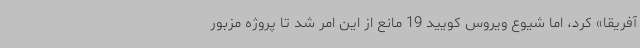
آفریقا» کرد، اما شیوع ویروس کویید 19 مانع از این امر شد تا پروژه مزبور